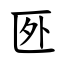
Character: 㔰